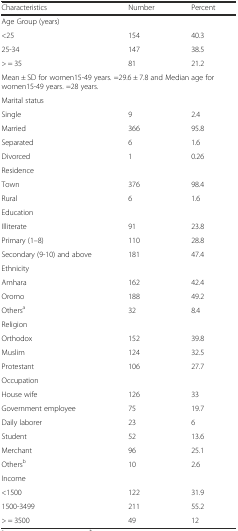
<table><thead><tr><td><b>Characteristics</b></td><td><b>Number</b></td><td><b>Percent</b></td></tr></thead><tbody><tr><td>Age Group (years)</td><td></td><td></td></tr><tr><td>&lt;25</td><td>154</td><td>40.3</td></tr><tr><td>25-34</td><td>147</td><td>38.5</td></tr><tr><td>&gt; = 35</td><td>81</td><td>21.2</td></tr><tr><td colspan="3">Mean ± SD for women15-49 years. =29.6 ± 7.8 and Median age for women15-49 years. =28 years.</td></tr><tr><td>Marital status</td><td></td><td></td></tr><tr><td>Single</td><td>9</td><td>2.4</td></tr><tr><td>Married</td><td>366</td><td>95.8</td></tr><tr><td>Separated</td><td>6</td><td>1.6</td></tr><tr><td>Divorced</td><td>1</td><td>0.26</td></tr><tr><td>Residence</td><td></td><td></td></tr><tr><td>Town</td><td>376</td><td>98.4</td></tr><tr><td>Rural</td><td>6</td><td>1.6</td></tr><tr><td>Education</td><td></td><td></td></tr><tr><td>Illiterate</td><td>91</td><td>23.8</td></tr><tr><td>Primary (1–8)</td><td>110</td><td>28.8</td></tr><tr><td>Secondary (9-10) and above</td><td>181</td><td>47.4</td></tr><tr><td>Ethnicity</td><td></td><td></td></tr><tr><td>Amhara</td><td>162</td><td>42.4</td></tr><tr><td>Oromo</td><td>188</td><td>49.2</td></tr><tr><td>Others<sup>a</sup></td><td>32</td><td>8.4</td></tr><tr><td>Religion</td><td></td><td></td></tr><tr><td>Orthodox</td><td>152</td><td>39.8</td></tr><tr><td>Muslim</td><td>124</td><td>32.5</td></tr><tr><td>Protestant</td><td>106</td><td>27.7</td></tr><tr><td>Occupation</td><td></td><td></td></tr><tr><td>House wife</td><td>126</td><td>33</td></tr><tr><td>Government employee</td><td>75</td><td>19.7</td></tr><tr><td>Daily laborer</td><td>23</td><td>6</td></tr><tr><td>Student</td><td>52</td><td>13.6</td></tr><tr><td>Merchant</td><td>96</td><td>25.1</td></tr><tr><td>Others<sup>b</sup></td><td>10</td><td>2.6</td></tr><tr><td>Income</td><td></td><td></td></tr><tr><td>&lt;1500</td><td>122</td><td>31.9</td></tr><tr><td>1500-3499</td><td>211</td><td>55.2</td></tr><tr><td>&gt; = 3500</td><td>49</td><td>12</td></tr></tbody></table>